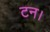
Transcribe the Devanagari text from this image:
टन।